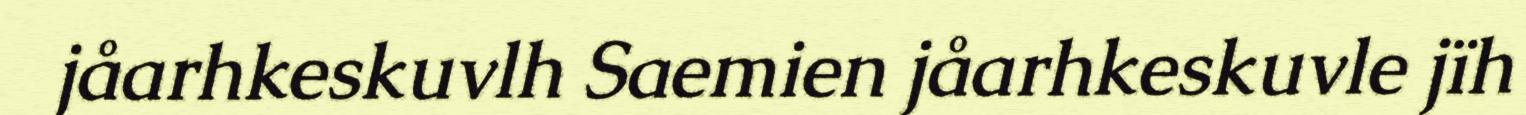
jåarhkeskuvlh Saemien jåarhkeskuvle jïh